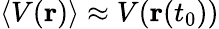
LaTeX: \langle V(\mathbf{r})\rangle\approx V(\textbf{r}(t_{0}))